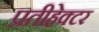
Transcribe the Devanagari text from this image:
प्रतीहेक्टर